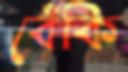
বেঁকি